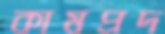
কামপ্রদ